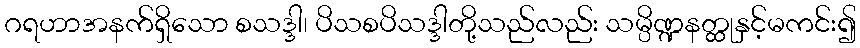
ဂရဟာအနက်ရှိသော စသဒ္ဒါ၊ ပိသစပိသဒ္ဒါတို့သည်လည်း သမ္ပိဏ္ဍနတ္ထုနှင့်မကင်း၍